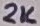
Text: 2K